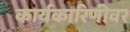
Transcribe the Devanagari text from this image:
कार्यकारिणीवर